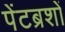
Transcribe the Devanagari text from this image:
पेंटब्रशों